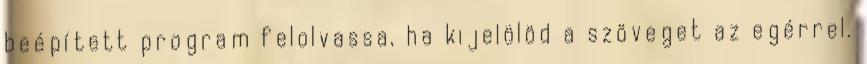
beépített program felolvassa, ha kijelölöd a szöveget az egérrel.